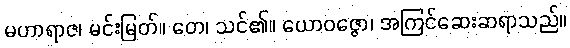
မဟာရာဇ၊ မင်းမြတ်။ တေ၊ သင်၏။ ယောဝဇ္ဇော၊ အကြင်ဆေးဆရာသည်။